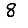
Digit: 8